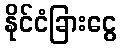
နိုင်ငံခြားငွေ